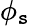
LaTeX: \phi_{\mathtt{s}}